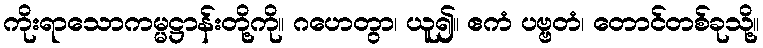
ကိုးရာသောကမ္မဋ္ဌာန်းတို့ကို။ ဂဟေတွာ၊ ယူ၍။ ဧကံ ပဗ္ဗတံ၊ တောင်တစ်ခုသို့။